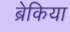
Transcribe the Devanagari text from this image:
ब्रेकिया